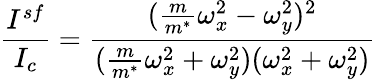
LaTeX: \frac{I^{sf}}{I_{c}}=\frac{(\frac{m}{m^{*}}\omega_{x}^{2}-\omega_{y}^{2})^{2}}{(\frac{m}{m^{*}}\omega_{x}^{2}+\omega_{y}^{2})(\omega_{x}^{2}+\omega_{y}^{2})}